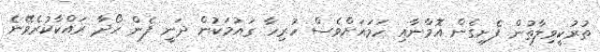
ތުރުކީވިލާތުން ފެށިގެން އޮމާނާއި ހަމައަށްވެސް ހުރިހާ ގައުމަކުން ދަނީ ފެން ހޯދާ ރައްކާކުރެވޭނެ